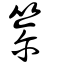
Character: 𥷄